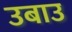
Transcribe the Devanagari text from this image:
उबाउ